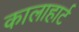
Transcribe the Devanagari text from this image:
कालाहार्ट